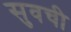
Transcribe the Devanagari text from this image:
सुवची